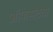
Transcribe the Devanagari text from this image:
ऑफसेटचा